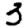
Digit: 3